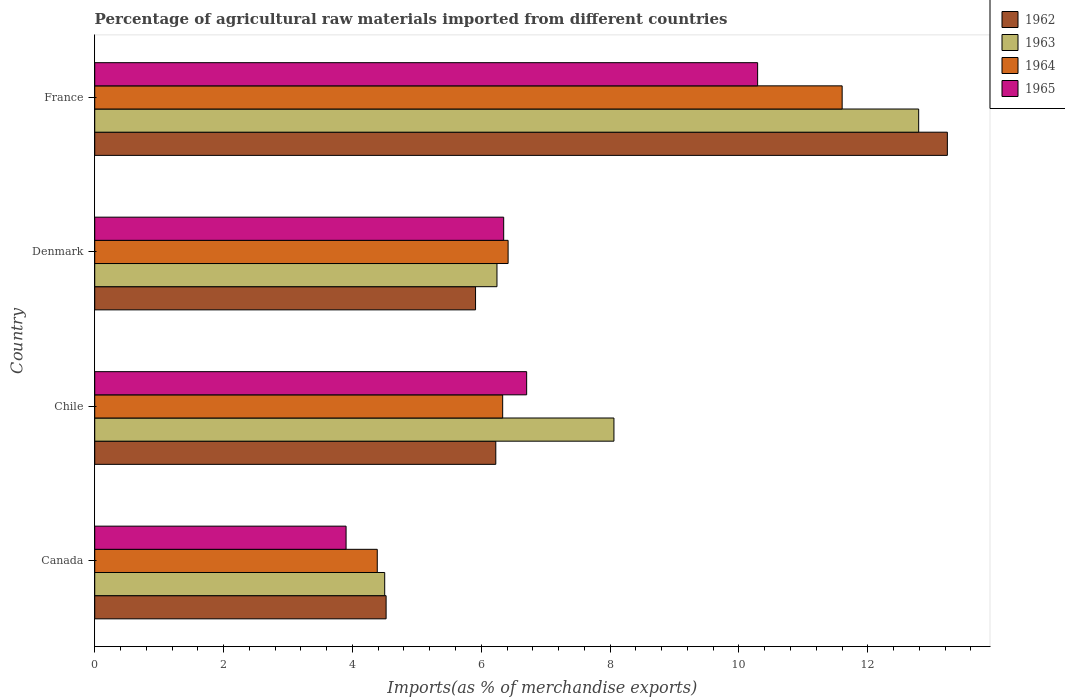
| Country | 1962 | 1963 | 1964 | 1965 |
 | --- | --- | --- | --- | --- |
 | Canada | 4.52 | 4.5 | 4.39 | 3.9 |
 | Chile | 6.23 | 8.06 | 6.33 | 6.7 |
 | Denmark | 5.91 | 6.24 | 6.42 | 6.35 |
 | France | 13.2 | 12.8 | 11.6 | 10.3 |